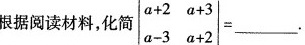
根据阅读材料，化简$$\begin {vmatrix} a + 2 & a + 3 \\ a - 3 & a + 2 \end {vmatrix} = ___$$.